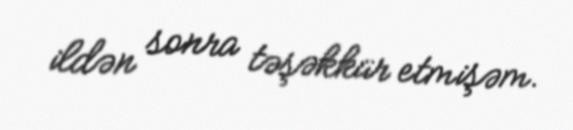
ildən sonra təşəkkür etmişəm.